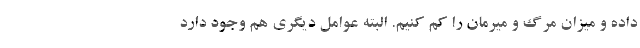
داده و میزان مرگ و میرمان را کم کنیم. البته عوامل دیگری هم وجود دارد